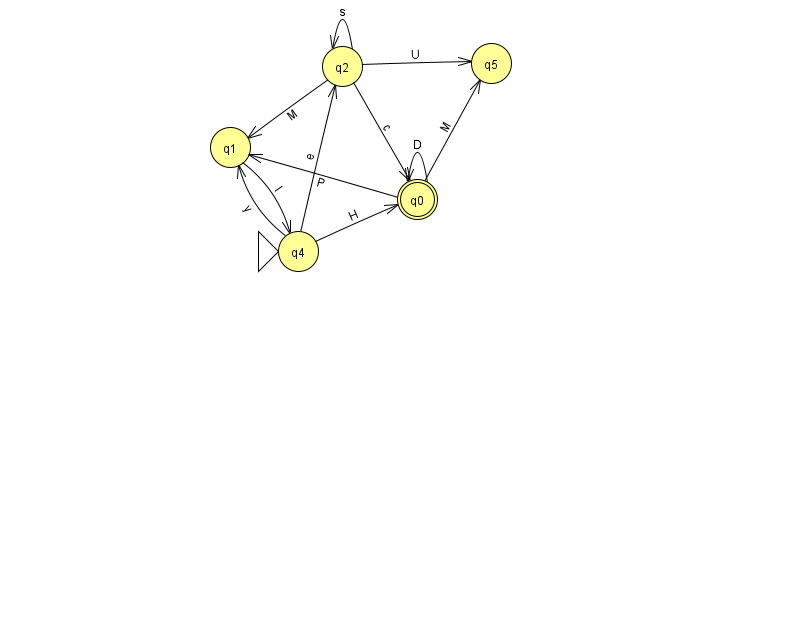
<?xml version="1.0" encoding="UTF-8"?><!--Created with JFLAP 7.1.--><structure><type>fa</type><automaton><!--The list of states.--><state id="0" name="q0"><x>417.0</x><y>186.0</y><final/></state><state id="1" name="q1"><x>230.0</x><y>134.0</y></state><state id="2" name="q2"><x>342.0</x><y>53.0</y></state><state id="4" name="q4"><x>298.0</x><y>238.0</y><initial/></state><state id="5" name="q5"><x>491.0</x><y>50.0</y></state><!--The list of transitions.--><transition><from>0</from><to>5</to><read>M</read></transition><transition><from>2</from><to>2</to><read>s</read></transition><transition><from>0</from><to>0</to><read>D</read></transition><transition><from>2</from><to>5</to><read>U</read></transition><transition><from>4</from><to>2</to><read>e</read></transition><transition><from>4</from><to>0</to><read>H</read></transition><transition><from>0</from><to>1</to><read>P</read></transition><transition><from>2</from><to>1</to><read>M</read></transition><transition><from>2</from><to>0</to><read>c</read></transition><transition><from>1</from><to>4</to><read>I</read></transition><transition><from>4</from><to>1</to><read>y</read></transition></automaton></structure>